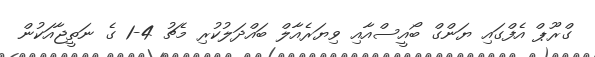
ގްރޫޕް އެފްގައި ޔަންގް ބޯއީސްއާއި ވިޔަރެއާލް ބައްދަލުކުރި މެޗު 4-1 ގެ ނަތީޖާއަކުން